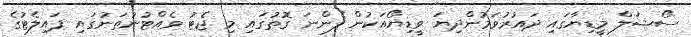
ސޯޝަލް މީޑިޔާގައި ދައުރުވަމުންދިޔަ ވީޑިޔޯއަކުން ފެންނަ ގޮތުގައި މި ޖެޓު ވެއްޓުނުތަނުގައި ޕައިލެޓުގެ